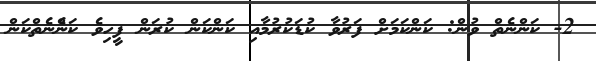
2- ކަންނެތް ވުން: ކަންކަމަށް ފަރުވާ ކުޑަކުރުމާއި ކަންކަން ކުރަން ފީހިވެ ކަންެނެތްކަން